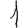
Digit: 1